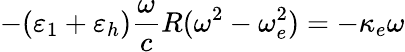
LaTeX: -(\varepsilon_{1}+\varepsilon_{h})\frac{\omega}{c}R(\omega^{2}-\omega_{e}^{2})=-\kappa_{e}\omega